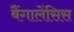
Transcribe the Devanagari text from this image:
बैंगालेंसिस